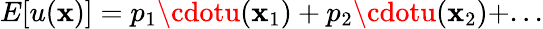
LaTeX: E[u(\mathbf{x})]=p_{1}\cdotu(\mathbf{x}_{1})+p_{2}\cdotu(\mathbf{x}_{2})+...